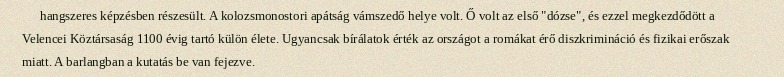
hangszeres képzésben részesült. A kolozsmonostori apátság vámszedő helye volt. Ő volt az első "dózse", és ezzel megkezdődött a Velencei Köztársaság 1100 évig tartó külön élete. Ugyancsak bírálatok érték az országot a romákat érő diszkrimináció és fizikai erőszak miatt. A barlangban a kutatás be van fejezve.